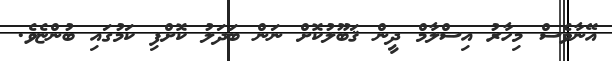
އޭނާވެސް މިހާރު އިސްލާމް ދީން ޤަބޫލުކޮށް ނަން ބަދަލު ކޮށްފި ކަމުގައި ބުންޏެވެ.